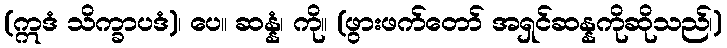
(ဣဒံ သိက္ခာပဒံ)၊ ပေ။ ဆန္နံ၊ ကို။ (ဖွားဖက်တော် အရှင်ဆန္နကိုဆိုသည်၊)